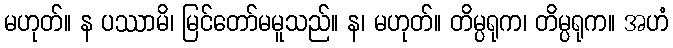
မဟုတ်။ န ပဿာမိ၊ မြင်တော်မမူသည်။ န၊ မဟုတ်။ တိမ္ပရုက၊ တိမ္ပရုက။ အဟံ